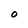
Character: O